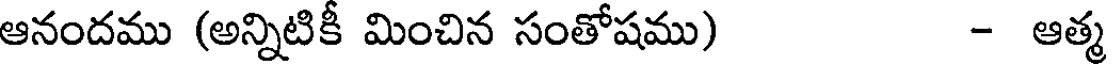
ఆనందము (అన్నిటికీ మించిన సంతోషము) - ఆత్మ